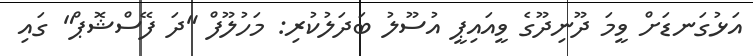
އަޅުގަނޑަށް ވީމަ ދޫނިދޫގެ ވީއައިޕީ އުސޫލު ބަދަލުކުރި: މަހުލޫފް "ދަ ފޭސްޝޮޕް" ގައި